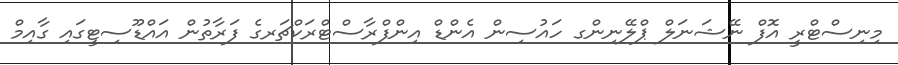
މިނިސްޓްރީ އޮފް ނޭޝަނަލް ޕްލޭނިންގ ހައުސިން އެންޑް އިންފްރާސްޓްރަކްޗަރގެ ފަރާތުން އައްޑޫސިޓީގައި ގާއިމް